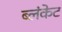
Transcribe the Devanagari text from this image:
ब्लंकेट